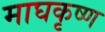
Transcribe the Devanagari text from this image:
माघकृष्ण